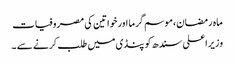
ماہ رمضان،موسم گرما اور خواتین کی مصروفیات
وزیراعلی سندھ کو پنڈی میں طلب کرنے سے ۔